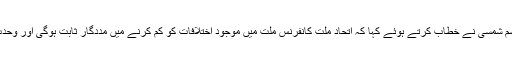
مرکزی صدر آئی ایس او پاکستان محمد قاسم شمسی نے خطاب کرتے ہوئے کہا کہ اتحاد ملت کانفرنس ملت میں موجود اختلافات کو کم کرنے میں مددگار ثابت ہوگی اور وحدت کے لئے بارش کا پہلا قطرہ ثابت ہوگی۔